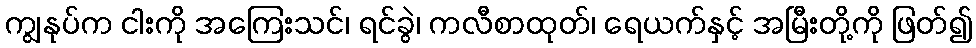
ကျွနုပ်က ငါးကို အကြေးသင်၊ ရင်ခွဲ၊ ကလီစာထုတ်၊ ရေယက်နှင့် အမြီးတို့ကို ဖြတ်၍